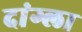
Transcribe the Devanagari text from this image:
दांग्ला